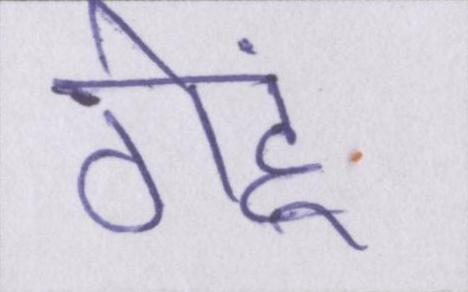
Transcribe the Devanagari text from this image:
गेहूं